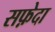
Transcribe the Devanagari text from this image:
सफ़ेदा